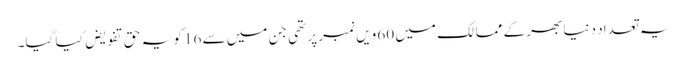
یہ تعداد دنیا بھر کے ممالک میں 60 ویں نمبر پر تھی جن میں سے 16 کو یہ حق تفویض کیا گیا۔